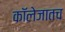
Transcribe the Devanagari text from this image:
कॉलेजातच